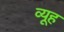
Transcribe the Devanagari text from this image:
व्‍यूह